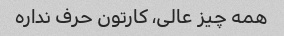
همه چیز عالی، کارتون حرف نداره